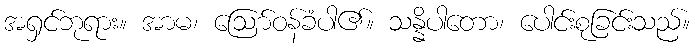
အရှင်ဘုရား။ အာမ၊ ဩော်ဝန်ခံပါ၏။ သန္နိပါတော၊ ပေါင်းစုခြင်းသည်။